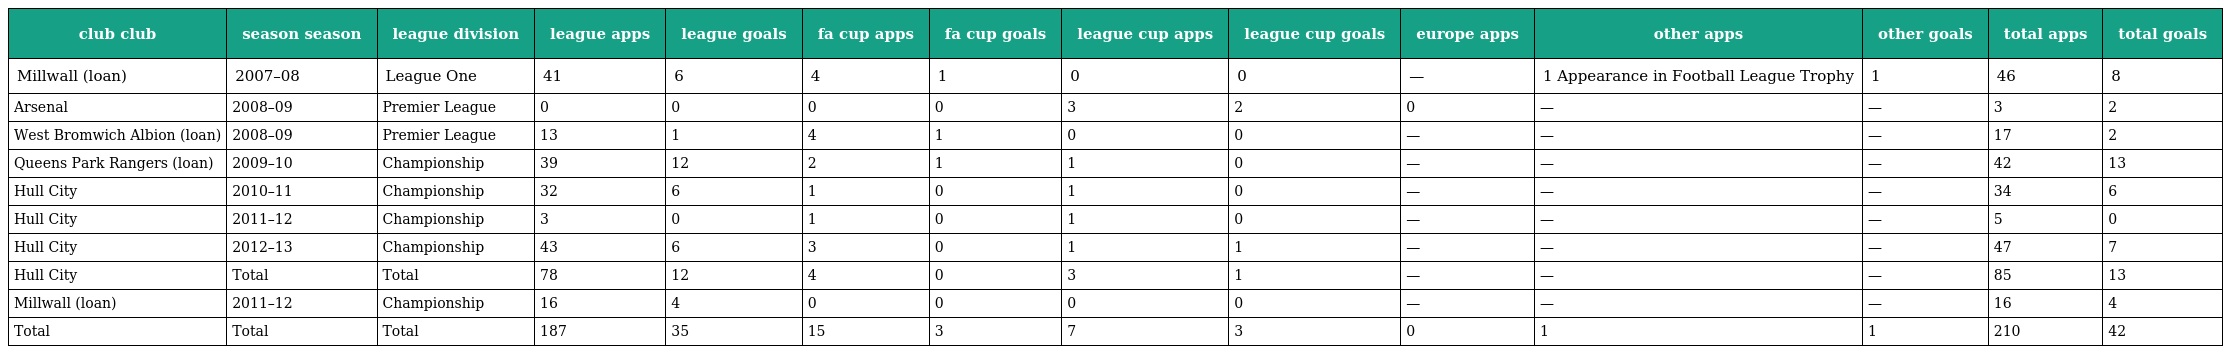
| club club | season season | league division | league apps | league goals | fa cup apps | fa cup goals | league cup apps | league cup goals | europe apps | other apps | other goals | total apps | total goals |
 | --- | --- | --- | --- | --- | --- | --- | --- | --- | --- | --- | --- | --- | --- |
 | Millwall (loan) | 2007–08 | League One | 41 | 6 | 4 | 1 | 0 | 0 | — | 1 Appearance in Football League Trophy | 1 | 46 | 8 |
 | Arsenal | 2008–09 | Premier League | 0 | 0 | 0 | 0 | 3 | 2 | 0 | — | — | 3 | 2 |
 | West Bromwich Albion (loan) | 2008–09 | Premier League | 13 | 1 | 4 | 1 | 0 | 0 | — | — | — | 17 | 2 |
 | Queens Park Rangers (loan) | 2009–10 | Championship | 39 | 12 | 2 | 1 | 1 | 0 | — | — | — | 42 | 13 |
 | Hull City | 2010–11 | Championship | 32 | 6 | 1 | 0 | 1 | 0 | — | — | — | 34 | 6 |
 | Hull City | 2011–12 | Championship | 3 | 0 | 1 | 0 | 1 | 0 | — | — | — | 5 | 0 |
 | Hull City | 2012–13 | Championship | 43 | 6 | 3 | 0 | 1 | 1 | — | — | — | 47 | 7 |
 | Hull City | Total | Total | 78 | 12 | 4 | 0 | 3 | 1 | — | — | — | 85 | 13 |
 | Millwall (loan) | 2011–12 | Championship | 16 | 4 | 0 | 0 | 0 | 0 | — | — | — | 16 | 4 |
 | Total | Total | Total | 187 | 35 | 15 | 3 | 7 | 3 | 0 | 1 | 1 | 210 | 42 |